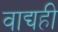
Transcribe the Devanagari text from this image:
वाद्यही